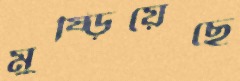
মুষ্‌ড়িয়েছে